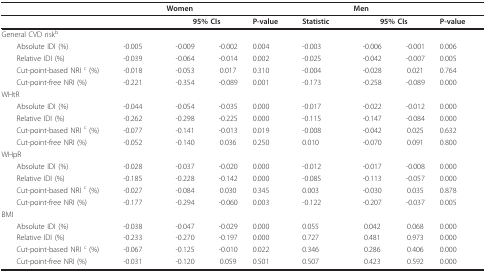
<table><thead><tr><td></td><td></td><td colspan="4"><b>Women</b></td><td colspan="3"><b>Men</b></td></tr></thead><tbody><tr><td></td><td></td><td colspan="2"><b>95% CIs</b></td><td><b>P-value</b></td><td><b>Statistic</b></td><td colspan="2"><b>95% CIs</b></td><td><b>P-value</b></td></tr><tr><td>General CVD risk<sup>b</sup></td><td></td><td></td><td></td><td></td><td></td><td></td><td></td><td></td></tr><tr><td> Absolute IDI (%)</td><td>-0.005</td><td>-0.009</td><td>-0.002</td><td>0.004</td><td>-0.003</td><td>-0.006</td><td>-0.001</td><td>0.006</td></tr><tr><td> Relative IDI (%)</td><td>-0.039</td><td>-0.064</td><td>-0.014</td><td>0.002</td><td>-0.025</td><td>-0.042</td><td>-0.007</td><td>0.005</td></tr><tr><td> Cut-point-based NRI <sup>c </sup>(%)</td><td>-0.018</td><td>-0.053</td><td>0.017</td><td>0.310</td><td>-0.004</td><td>-0.028</td><td>0.021</td><td>0.764</td></tr><tr><td> Cut-point-free NRI (%)</td><td>-0.221</td><td>-0.354</td><td>-0.089</td><td>0.001</td><td>-0.173</td><td>-0.258</td><td>-0.089</td><td>0.000</td></tr><tr><td>WHtR</td><td></td><td></td><td></td><td></td><td></td><td></td><td></td><td></td></tr><tr><td> Absolute IDI (%)</td><td>-0.044</td><td>-0.054</td><td>-0.035</td><td>0.000</td><td>-0.017</td><td>-0.022</td><td>-0.012</td><td>0.000</td></tr><tr><td> Relative IDI (%)</td><td>-0.262</td><td>-0.298</td><td>-0.225</td><td>0.000</td><td>-0.115</td><td>-0.147</td><td>-0.084</td><td>0.000</td></tr><tr><td> Cut-point-based NRI <sup>c </sup>(%)</td><td>-0.077</td><td>-0.141</td><td>-0.013</td><td>0.019</td><td>-0.008</td><td>-0.042</td><td>0.025</td><td>0.632</td></tr><tr><td> Cut-point-free NRI (%)</td><td>-0.052</td><td>-0.140</td><td>0.036</td><td>0.250</td><td>0.010</td><td>-0.070</td><td>0.091</td><td>0.800</td></tr><tr><td>WHpR</td><td></td><td></td><td></td><td></td><td></td><td></td><td></td><td></td></tr><tr><td> Absolute IDI (%)</td><td>-0.028</td><td>-0.037</td><td>-0.020</td><td>0.000</td><td>-0.012</td><td>-0.017</td><td>-0.008</td><td>0.000</td></tr><tr><td> Relative IDI (%)</td><td>-0.185</td><td>-0.228</td><td>-0.142</td><td>0.000</td><td>-0.085</td><td>-0.113</td><td>-0.057</td><td>0.000</td></tr><tr><td> Cut-point-based NRI <sup>c </sup>(%)</td><td>-0.027</td><td>-0.084</td><td>0.030</td><td>0.345</td><td>0.003</td><td>-0.030</td><td>0.035</td><td>0.878</td></tr><tr><td> Cut-point-free NRI (%)</td><td>-0.177</td><td>-0.294</td><td>-0.060</td><td>0.003</td><td>-0.122</td><td>-0.207</td><td>-0.037</td><td>0.005</td></tr><tr><td>BMI</td><td></td><td></td><td></td><td></td><td></td><td></td><td></td><td></td></tr><tr><td> Absolute IDI (%)</td><td>-0.038</td><td>-0.047</td><td>-0.029</td><td>0.000</td><td>0.055</td><td>0.042</td><td>0.068</td><td>0.000</td></tr><tr><td> Relative IDI (%)</td><td>-0.233</td><td>-0.270</td><td>-0.197</td><td>0.000</td><td>0.727</td><td>0.481</td><td>0.973</td><td>0.000</td></tr><tr><td> Cut-point-based NRI <sup>c </sup>(%)</td><td>-0.067</td><td>-0.125</td><td>-0.010</td><td>0.022</td><td>0.346</td><td>0.286</td><td>0.406</td><td>0.000</td></tr><tr><td> Cut-point-free NRI (%)</td><td>-0.031</td><td>-0.120</td><td>0.059</td><td>0.501</td><td>0.507</td><td>0.423</td><td>0.592</td><td>0.000</td></tr></tbody></table>